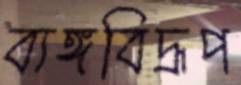
ব্যঙ্গবিদ্রূপ